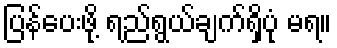
ပြန်ပေးဖို့ ရည်ရွယ်ချက်ရှိပုံ မရ။